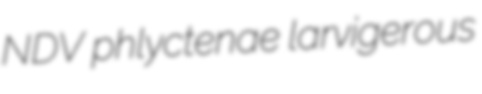
NDV phlyctenae larvigerous